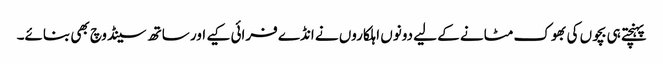
پہنچتے ہی بچوں کی بھوک مٹانے کے لیے دونوں اہلکاروں نے انڈے فرائی کیے اور ساتھ سینڈوچ بھی بنائے۔